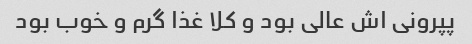
پپرونی اش عالی بود و کلا غذا گرم و خوب بود